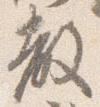
教